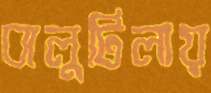
বালুটিলায়